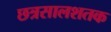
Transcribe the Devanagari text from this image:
छत्रसालशतक